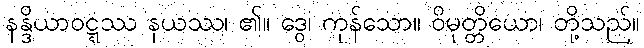
နန္ဒိယာဝဋ္ဋဿ နယဿ၊ ၏။ ဒွေ၊ ကုန်သော။ ဝိမုတ္တိယော၊ တို့သည်။